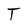
Character: T